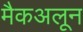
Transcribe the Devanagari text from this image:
मैकअलून